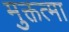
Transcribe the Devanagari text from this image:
मुक्तत्मा